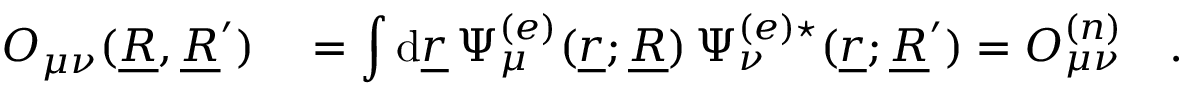
\begin{array} { r l } { O _ { \mu \nu } ( \underline { { R } } , \underline { { R } } ^ { \prime } ) } & { { } = \displaystyle \int \mathrm { d } \underline { { r } } \, \Psi _ { \mu } ^ { ( e ) } ( \underline { { r } } ; \underline { { R } } ) \, \Psi _ { \nu } ^ { ( e ) \star } ( \underline { { r } } ; \underline { { R } } ^ { \prime } ) = O _ { \mu \nu } ^ { ( n ) } \quad . } \end{array}